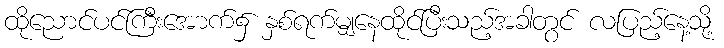
ထိုညောင်ပင်ကြီးအောက်၌ နှစ်ရက်မျှနေထိုင်ပြီးသည့်အခါတွင် လပြည့်နေ့သို့